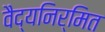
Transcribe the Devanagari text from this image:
वैद्यनिर्मित